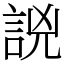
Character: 𧧗